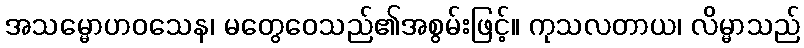
အသမ္မောဟဝသေန၊ မတွေဝေသည်၏အစွမ်းဖြင့်။ ကုသလတာယ၊ လိမ္မာသည်